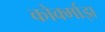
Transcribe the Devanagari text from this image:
कोर्क्माझ